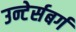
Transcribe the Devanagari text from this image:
उन्टेर्सबर्ग